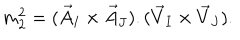
LaTeX: m _ { 2 } ^ { 2 } = ( \vec { A } _ { I } \times \vec { A } _ { J } ) . ( \vec { V } _ { I } \times \vec { V } _ { J } ) .